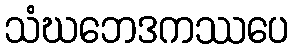
သံဃဘေဒကဿပေ